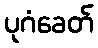
ပုဂံခေတ်